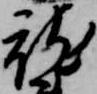
就